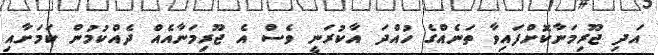
އަދި ޖޫރިމަނާކޮށްފައިވާ ތަނެއްގެ ހުއްދަ އާކުރަނީ ވެސް އެ ޖޫރިމަނާއެއް ދެއްކުމުން ކަމަށާއި